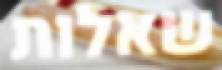
שאלות